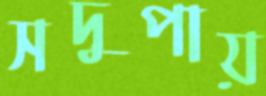
সদুপায়